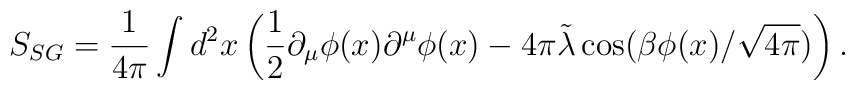
S_{SG}=\frac{1}{4\pi}\int d^2x \left(\frac{1}{2}\partial_\mu \phi(x)\partial^\mu  \phi(x)-4\pi \tilde{\lambda} \cos (\beta  \phi(x)/\sqrt{4\pi})\right).